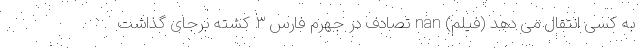
به کسی انتقال می دهد (فیلم) nan تصادف در جهرم فارس ۳ کشته برجای گذاشت